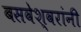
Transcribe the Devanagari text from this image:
बसवेश्वरांनी